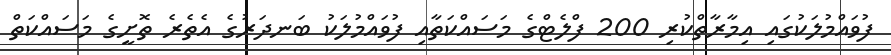
ފުވައްމުލަކުގައި އިމާރާތްކުރި 200 ފްލެޓްގެ މަސައްކަތާއި ފުވައްމުލަކު ބަނދަރުގެ އެތެރެ ތޮށީގެ މަސައްކަތް